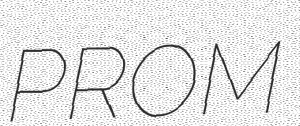
PROM